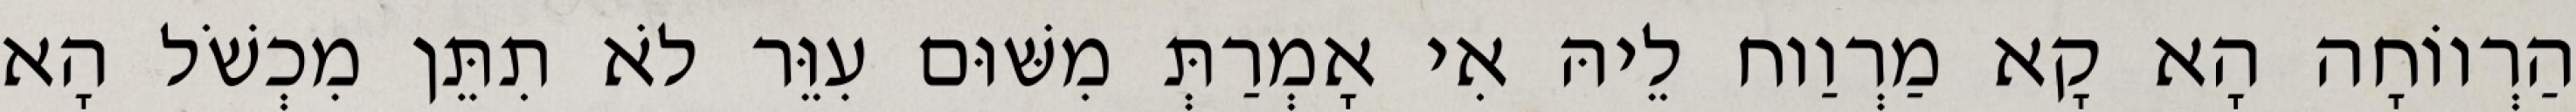
הַרְווֹחָה הָא קָא מַרְוַוח לֵיהּ אִי אָמְרַתְּ מִשּׁוּם עִוֵּר לֹא תִתֵּן מִכְשֹׁל הָא